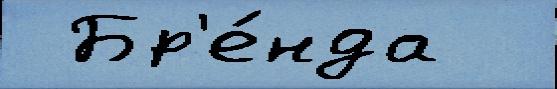
 Бр'е́нда